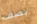
بصف